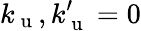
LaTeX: k_{\mathrm{~u~}},k_{\mathrm{~u~}}^{\prime}=0